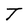
Character: T